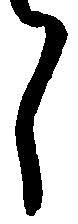
し